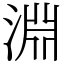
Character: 淵